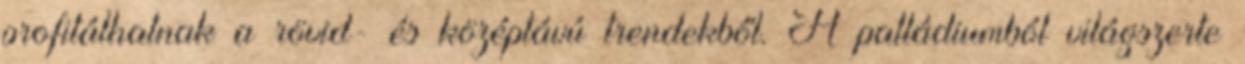
profitálhatnak a rövid- és középtávú trendekből. A palládiumból világszerte